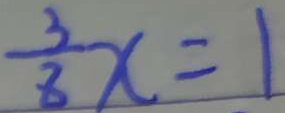
\frac { 3 } { 8 } x = 1